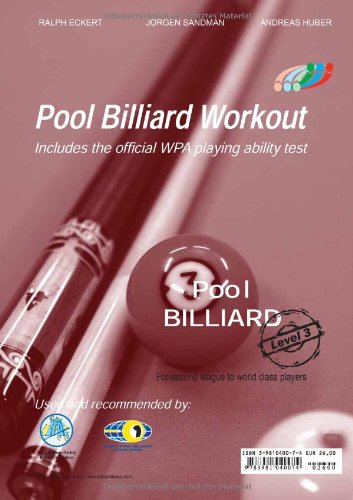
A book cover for PAT - Pool Billiard Workout: Includes the Official WPA Playing Ability Test Level 3: For Pros (PAT-System Workout); Ralph Eckert; Sports & Outdoors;